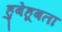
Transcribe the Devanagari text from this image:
हुबेहूबता